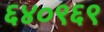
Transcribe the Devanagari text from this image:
६४०९६९